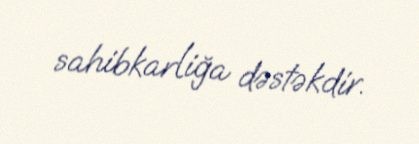
sahibkarliğa dəstəkdir.